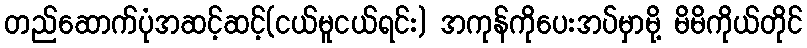
တည်ဆောက်ပုံအဆင့်ဆင့်(ငယ်မူငယ်ရင်း) အကုန်ကိုပေးအပ်မှာမို့ မိမိကိုယ်တိုင်